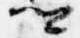
卿